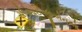
સીઆઈજીએનએ